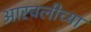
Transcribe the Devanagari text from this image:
आरवलीच्या